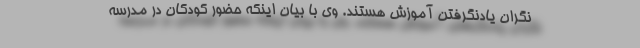
نگران یادنگرفتن آموزش هستند. وی با بیان اینکه حضور کودکان در مدرسه